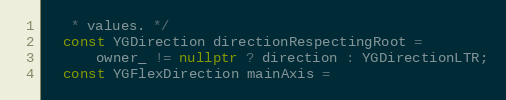
Language: C++
   * values. */
  const YGDirection directionRespectingRoot =
      owner_ != nullptr ? direction : YGDirectionLTR;
  const YGFlexDirection mainAxis =